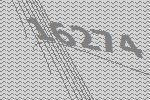
16274